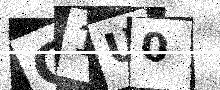
Text: G1U0